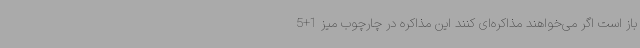
باز است اگر می‌خواهند مذاکره‌ای کنند این مذاکره در چارچوب میز 1+5